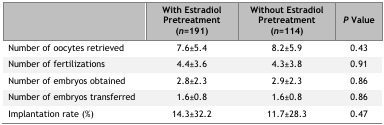
|  | With Estradiol Pretreatment (n=191) | Without Estradiol Pretreatment (n=114) | P Value |
 | --- | --- | --- | --- |
 | Number of oocytes retrieved | 7.6±5.4 | 8.2±5.9 | 0.43 |
 | Number of fertilizations | 4.4±3.6 | 4.3±3.8 | 0.91 |
 | Number of embryos obtained | 2.8±2.3 | 2.9±2.3 | 0.86 |
 | Number of embryos transferred | 1.6±0.8 | 1.6±0.8 | 0.86 |
 | Implantation rate (%) | 14.3±32.2 | 11.7±28.3 | 0.47 |